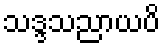
သဒ္ဒသညာယပိ